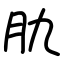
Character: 肍